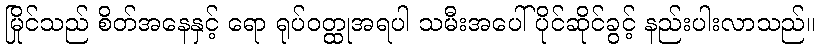
မြိုင်သည် စိတ်အနေနှင့် ရော ရုပ်ဝတ္ထုအရပါ သမီးအပေါ်ပိုင်ဆိုင်ခွင့် နည်းပါးလာသည်။